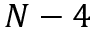
N - 4